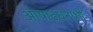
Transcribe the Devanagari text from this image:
आषाढघनाशी